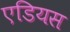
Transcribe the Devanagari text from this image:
एडियस